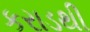
કરાડથી